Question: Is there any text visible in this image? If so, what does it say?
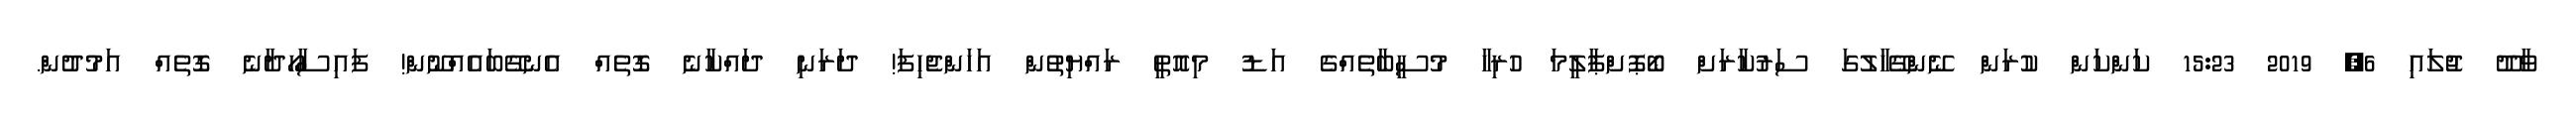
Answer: ވާދޫ ޖުލައި 6, 2019 15:23 ކަންކަން ކުރަން ނޭންގޭހާލުގަ ސަރުކާރަށް ބޯޕޮށްޕާލީމަ ހުރިހާ މުސީބާތެއްގެ އަޑު މިއޮތީ ރައްޔިތުން އަހަންޖެހިފަ! ދަރަނި ދައްކާނެ ގޮތެއް އެނގޭބައެއްނޫން! ފައިސާހޯދާނެ ގޮތެއް އަމުދުން.